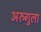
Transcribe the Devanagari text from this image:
अरुगुला